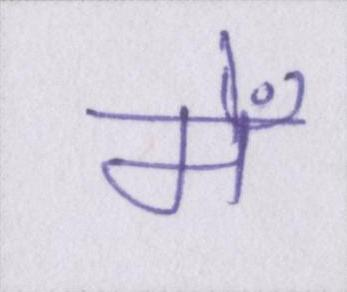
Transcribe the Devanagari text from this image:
मेँ